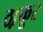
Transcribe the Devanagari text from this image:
ठा़कूर